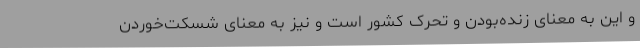
و این به معنای زنده‌بودن و تحرک کشور است و نیز به معنای شسکت‌خوردن